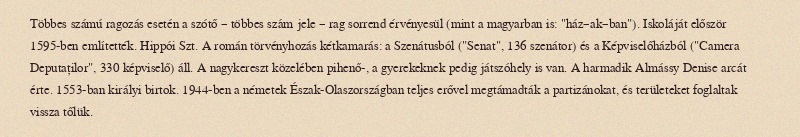
Többes számú ragozás esetén a szótő – többes szám jele – rag sorrend érvényesül (mint a magyarban is: "ház–ak–ban"). Iskoláját először 1595-ben említették. Hippói Szt. A román törvényhozás kétkamarás: a Szenátusból ("Senat", 136 szenátor) és a Képviselőházból ("Camera Deputaților", 330 képviselő) áll. A nagykereszt közelében pihenő-, a gyerekeknek pedig játszóhely is van. A harmadik Almássy Denise arcát érte. 1553-ban királyi birtok. 1944-ben a németek Észak-Olaszországban teljes erővel megtámadták a partizánokat, és területeket foglaltak vissza tőlük.